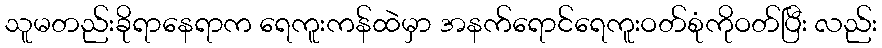
သူမတည်းခိုရာနေရာက ရေကူးကန်ထဲမှာ အနက်ရောင်ရေကူးဝတ်စုံကိုဝတ်ပြီး လည်း